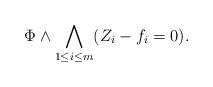
LaTeX: \begin{align*}\Phi \wedge \bigwedge_{1 \leq i \leq m} (Z_i - f_i = 0).\end{align*}